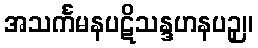
အသင်္ကမနပဋိသန္ဒဟနပဉှ။